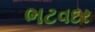
ભટવદર